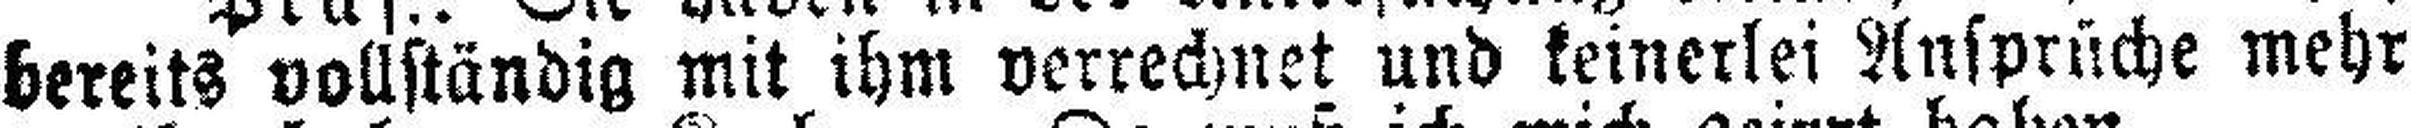
bereits vollständig mit ihm verrechnet und keinerlei Ansprüche mehr